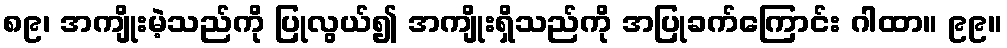
၈၉၊ အကျိုးမဲ့သည်ကို ပြုလွယ်၍ အကျိုးရှိသည်ကို အပြုခက်ကြောင်း ဂါထာ။ ၉၉။